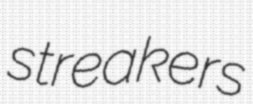
streakers